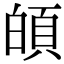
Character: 𩑻